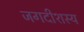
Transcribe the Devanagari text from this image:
जगदीशस्य